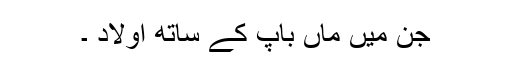
جن میں ماں باپ کے ساتھ اولاد ۔